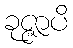
ခုဇ္ဇာပိ